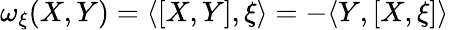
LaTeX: \omega_{\xi}(X,Y)=\langle[X,Y],\xi\rangle=-\langle Y,[X,\xi]\rangle